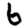
Digit: 6